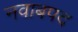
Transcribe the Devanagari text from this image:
नवाबपद